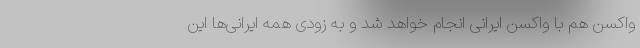
واکسن هم با واکسن ایرانی انجام خواهد شد و به زودی همه ایرانی‌ها این